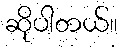
ဆိုပါတယ်။